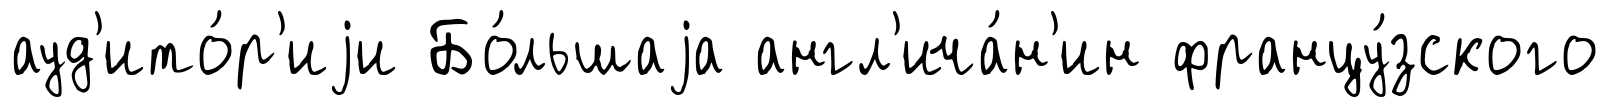
ауд'ито́р'иjи Бо́льшаjа англ'ича́н'ин францу́зского